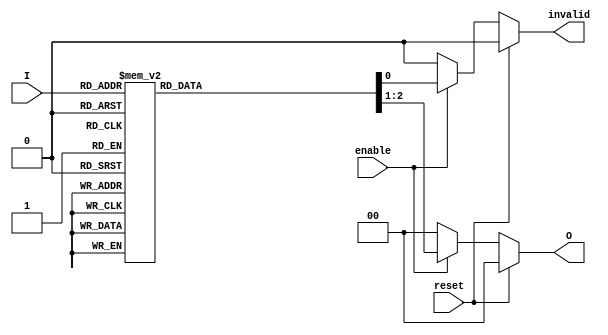
module RelativeEncoder (
    input wire [3:0] I,         // 4 input lines
    input wire enable,           // Enable signal
    input wire reset,            // Synchronous reset
    output reg [1:0] O,          // 2 output lines for binary code
    output reg invalid           // Invalid state output
);

    always @(*) begin
        if (reset) begin
            O = 2'b00;           // Reset output to a known state
            invalid = 1'b0;      // No error indication on reset
        end else if (!enable) begin
            O = 2'b00;           // If not enabled, output defaults to 00
            invalid = 1'b0;      // No error indication when not enabled
        end else begin
            // Default values
            O = 2'b00;           // Default output
            invalid = 1'b0;      // Assume valid state initially
            
            case (I)             // Check the inputs for the highest priority
                4'b0001: O = 2'b00; // I0 active
                4'b0010: O = 2'b01; // I1 active
                4'b0100: O = 2'b10; // I2 active
                4'b1000: O = 2'b11; // I3 active
                4'b0011, 4'b0111, // Invalid conditions with multiple inputs
                4'b0101, 4'b1001,
                4'b1100, 4'b1110,
                4'b1111: begin
                    O = 2'b11;    // Indicate error state for invalid inputs
                    invalid = 1'b1; // Set invalid state
                end
                default: begin
                    O = 2'b11;    // Indicate error state for any other invalid input
                    invalid = 1'b1; // Set invalid state
                end
            endcase
        end
    end

endmodule